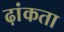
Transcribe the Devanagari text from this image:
ढ़ांकता